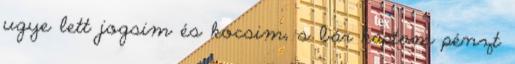
ugye lett jogsim és kocsim, s bár kaptam pénzt